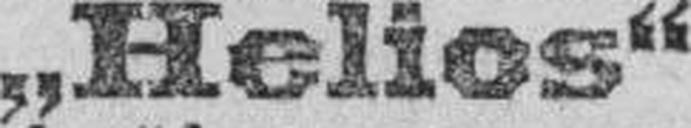
„Helios“